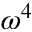
\omega ^ { 4 }